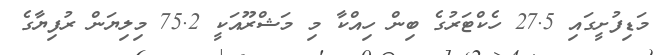
މަޑިފުށީގައި 27.5 ހެކްޓަރުގެ ބިން ހިއްކާ މި މަޝްރޫއަކީ 75.2 މިލިޔަން ރުފިޔާގެ